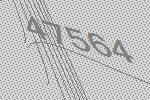
47564